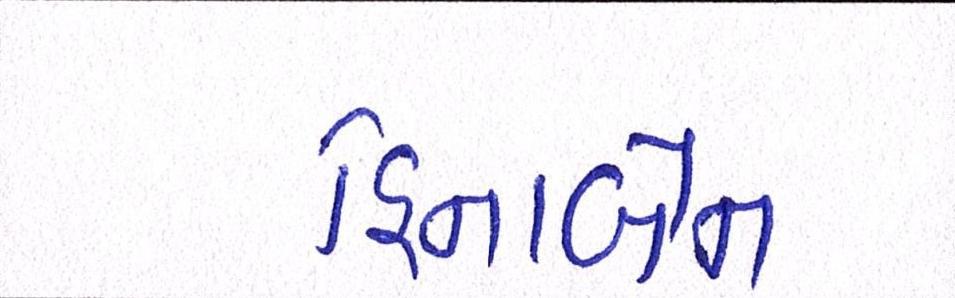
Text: હિનાબેન